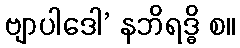
ဗျာပါဒေါ’ နဘိရဒ္ဓိ စ။